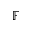
\mathbb { F }